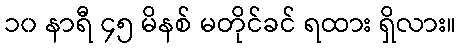
၁၀ နာရီ ၄၅ မိနစ် မတိုင်ခင် ရထား ရှိလား။